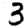
Digit: 3